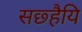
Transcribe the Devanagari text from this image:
सछ्हैयि